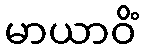
မာယာဝိံ